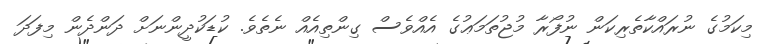
މިކަމުގެ ނުރައްކާތެރިކަން ނުފޯރާ މުޖުތަމަޢުގެ އެއްވެސް ގިންތިއެއް ނެތެވެ. ކުޑަކުދީންނަށް ދަންދެން މިފަދަ